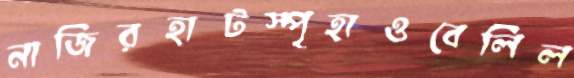
নাজিরহাটস্পৃহাওবেলিল